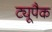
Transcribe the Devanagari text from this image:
ट्यूपैक